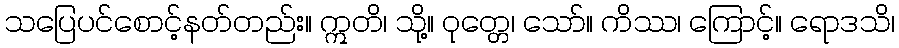
သပြေပင်စောင့်နတ်တည်း။ ဣတိ၊ သို့။ ဝုတ္တေ၊ သော်။ ကိဿ၊ ကြောင့်။ ရောဒသိ၊